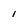
Character: i